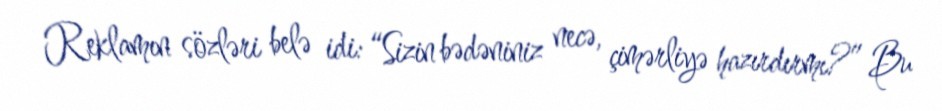
Reklamın sözləri belə idi: “Sizin bədəniniz necə, çimərliyə hazırdırmı?” Bu